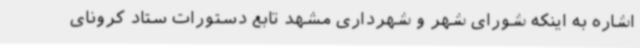
اشاره به اینکه شورای شهر و شهرداری مشهد تابع دستورات ستاد کرونای